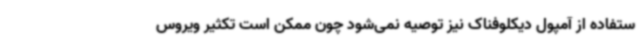
ستفاده از آمپول دیکلوفناک نیز توصیه نمی‌شود چون ممکن است تکثیر ویروس